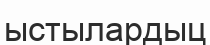
ыстылардыц